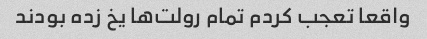
واقعا تعجب کردم تمام رولت‌ها یخ زده بودند